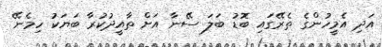
އަދި އެމީހުންގެ ތެރޭގައި ބޮޑު ބަލަ ސޭނާ އަށް ތާއީދުކުރާ ބަޔަކު ހިމެނޭ